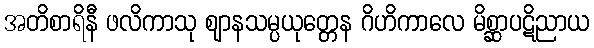
အတိစာရိနီ ဖလိကာသု ဈာနသမ္ပယုတ္တေန ဂိဟိကာလေ မိစ္ဆာပဋိညာယ